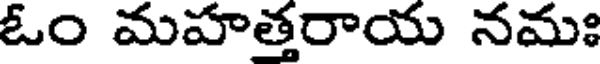
ఓం మహత్తరాయ నమః